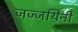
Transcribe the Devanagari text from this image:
जज्जयिनी